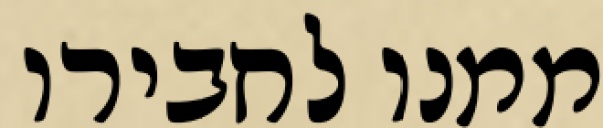
ממנו לחבירו